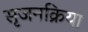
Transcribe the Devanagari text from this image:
सृजनक्रिया